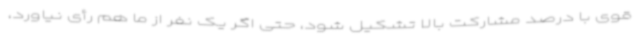
قوی با درصد مشارکت بالا تشکیل شود، حتی اگر یک نفر از ما هم رأی نیاورد،